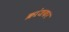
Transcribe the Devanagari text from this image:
क्रांजकर